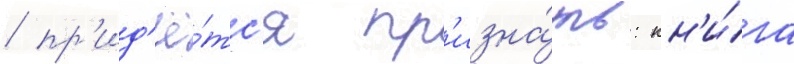
/ пр'ид'ё́тс'я пр'изна́ть: кн'и́га